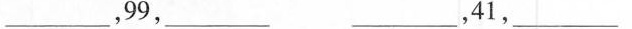
___，99，___ ___，41，___